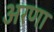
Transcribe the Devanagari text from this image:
अरणा